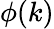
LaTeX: \phi(k)